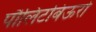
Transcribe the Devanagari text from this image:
पौलिटबिऊरो